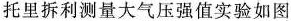
托里拆利测量大气压强值实验如图